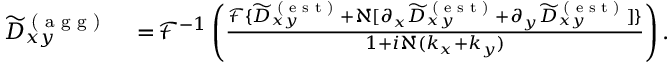
\begin{array} { r l } { \widetilde { D } _ { x y } ^ { \textrm { ( a g g ) } } } & { { } = \! \mathcal { F } ^ { - 1 } \left( \frac { \mathcal { F } \{ \widetilde { D } _ { x y } ^ { \textrm { ( e s t ) } } + \aleph [ \partial _ { x } \widetilde { D } _ { x y } ^ { \textrm { ( e s t ) } } + \partial _ { y } \widetilde { D } _ { x y } ^ { \textrm { ( e s t ) } } ] \} } { 1 + i \aleph ( k _ { x } + k _ { y } ) } \right) . } \end{array}